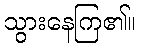
သွားနေကြ၏။